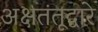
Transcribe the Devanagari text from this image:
अक्षतंतूद्वारे